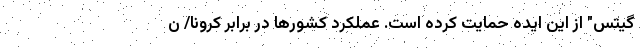
گیتس" از این ایده حمایت کرده است. عملکرد کشورها در برابر کرونا/ ن